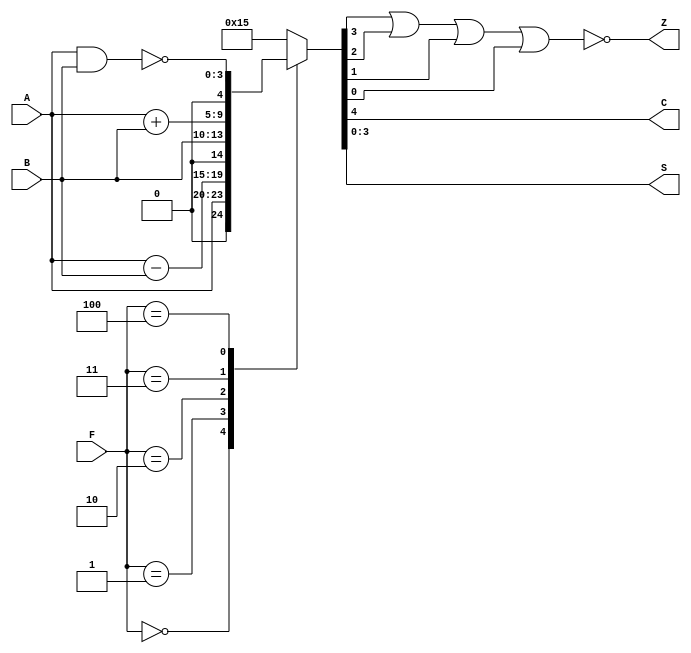
module ALU(input [3:0] A, B,
           input [2:0] F,
           output C, Z,
           output [3:0] S);

    reg [4:0] regS;

    // un case para cada instruccin posible
    always @ (A, B, F)
        case (F)
            3'b000: regS = A;
            3'b001: regS = A - B;
            3'b010: regS = B;
            3'b011: regS = A + B;
            3'b100: regS = {1'b0, ~(A & B)};
            default: regS = 5'b10101;
        endcase

    // asignaciones para las salidas
    assign S = regS[3:0];
    assign C = regS[4];
    assign Z = ~(regS[3] | regS[2] | regS[1] | regS[0]);

endmodule